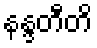
နန္ဒတီတိ